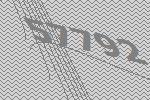
57792